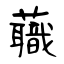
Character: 蘵